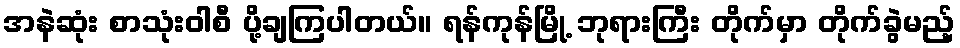
အနဲဆုံး စာသုံးဝါစီ ပို့ချကြပါတယ်။ ရန်ကုန်မြို့ ဘုရားကြီး တိုက်မှာ တိုက်ခွဲမည့်